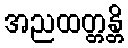
အညထတ္တန္တိ